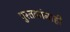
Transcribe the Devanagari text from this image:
पुस्तकांनाही